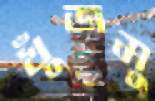
খুঁজমু